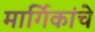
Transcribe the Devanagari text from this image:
मार्गिकांचे